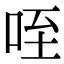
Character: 咥